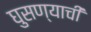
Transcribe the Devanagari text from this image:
घुसण्याची